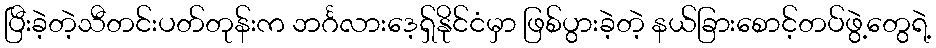
ပြီးခဲ့တဲ့သီတင်းပတ်တုန်းက ဘင်္ဂလားဒေ့ရှ်နိုင်ငံမှာ ဖြစ်ပွားခဲ့တဲ့ နယ်ခြားစောင့်တပ်ဖွဲ့တွေရဲ့